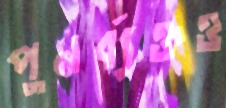
পুনর্ব্যক্তও